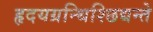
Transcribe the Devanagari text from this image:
हृदयग्रन्थिश्छिद्यन्ते